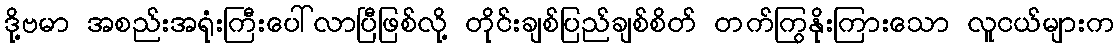
ဒို့ဗမာ အစည်းအရုံးကြီးပေါ်လာပြီဖြစ်လို့ တိုင်းချစ်ပြည်ချစ်စိတ် တက်ကြွနိုးကြားသော လူငယ်များက